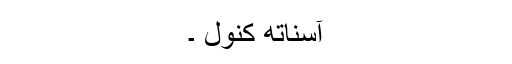
آسناتھ کنول ۔